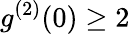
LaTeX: g^{(2)}(0)\geq 2